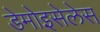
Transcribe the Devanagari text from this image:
डेमोइसेलेस